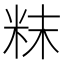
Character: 粖